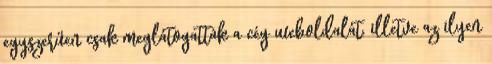
egyszerűen csak meglátogatták a cég weboldalát, illetve az ilyen